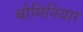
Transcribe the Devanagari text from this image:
बोमिनियार